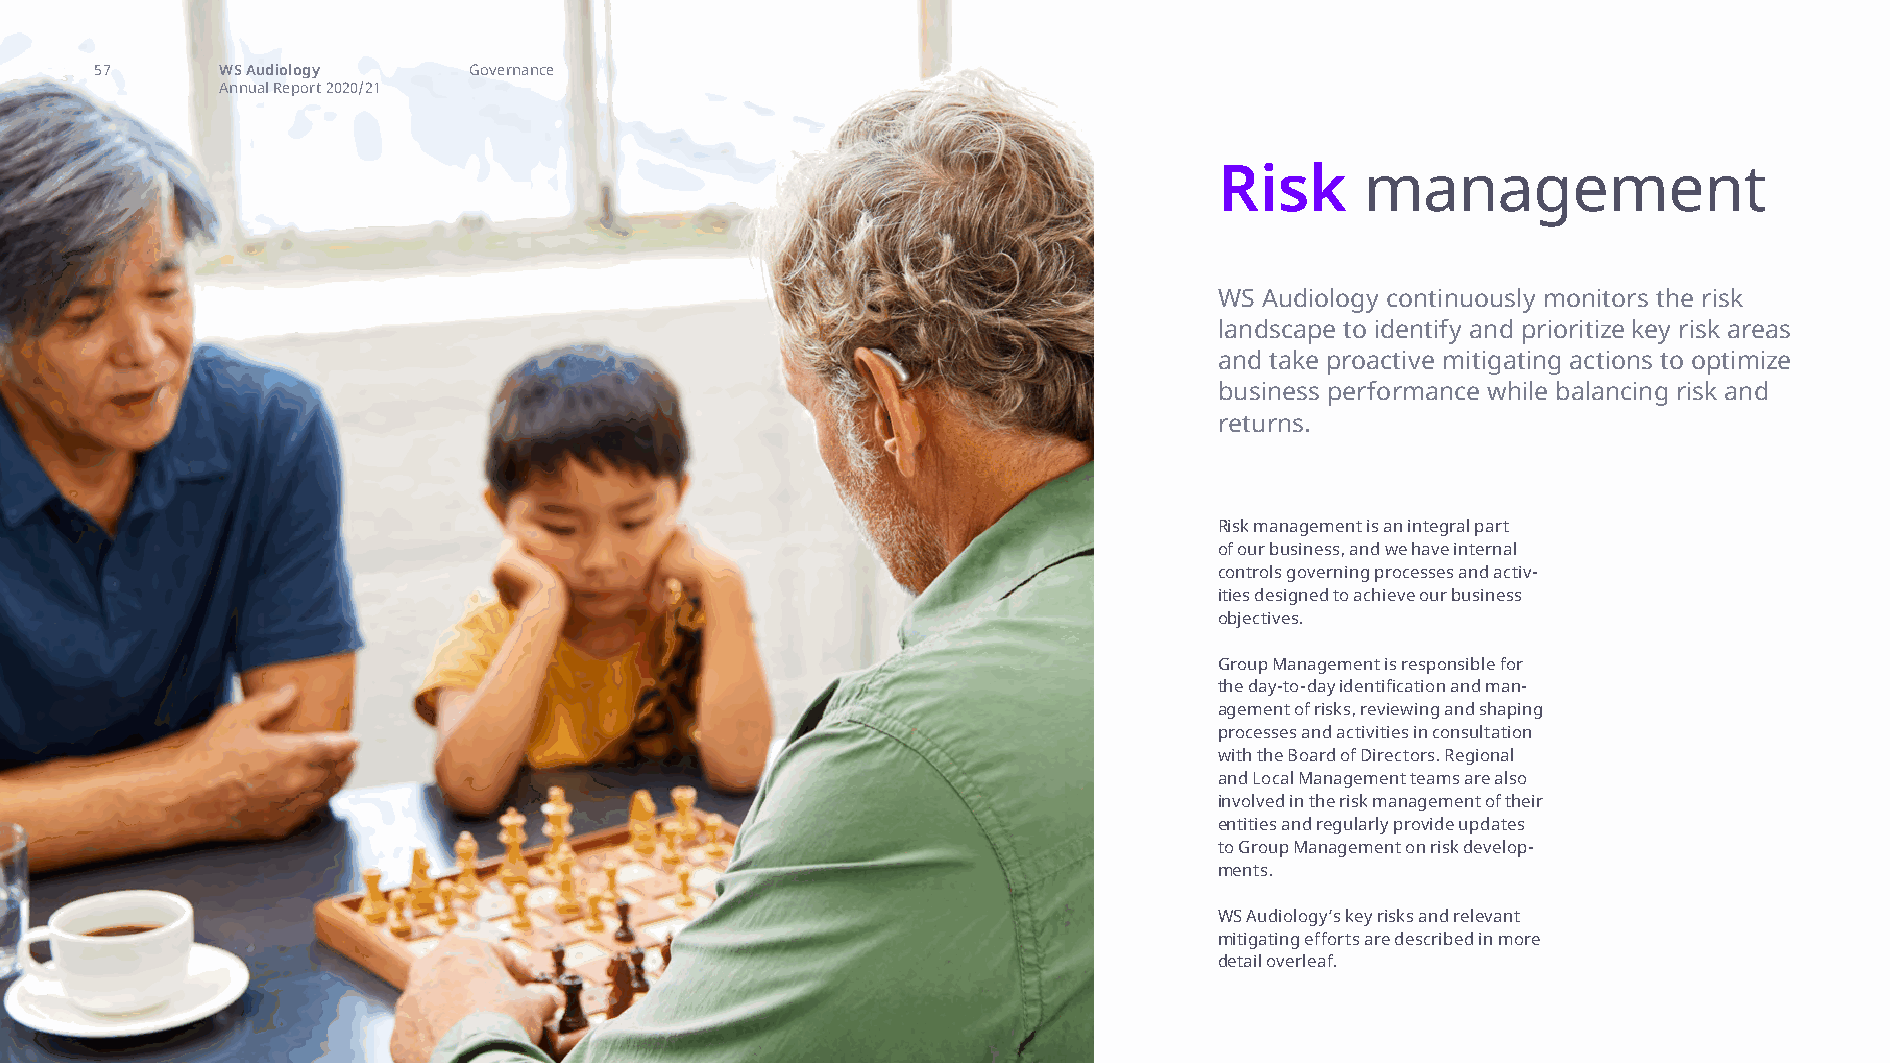
risk management
 57       WS Audiology    Governance
 Annual Report 2020/21
 Risk     management
 WS Audiology continuously monitors the risk
 landscape to identify and prioritize key risk areas
 and take proactive mitigating actions to optimize
 business performance while balancing risk and
 returns.
 Risk management is an integral part
 of our business, and we have internal
 controls governing processes and activ-
 ities designed to achieve our business
 objectives.
 Group Management is responsible for
 the day-to-day identification and man-
 agement of risks, reviewing and shaping
 processes and activities in consultation
 with the Board of Directors. Regional
 and Local Management teams are also
 involved in the risk management of their
 entities and regularly provide updates
 to Group Management on risk develop-
 ments.
 WS Audiology’s key risks and relevant
 mitigating efforts are described in more
 detail overleaf.